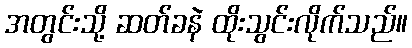
အတွင်းသို့ ဆတ်ခနဲ ထိုးသွင်းလိုက်သည်။